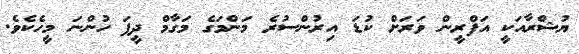
ޔުޝްރާއަކީ އަފްރީން ވަރަށް ކުޑަ އިރުންސުރެ މަންމަގެ މަގާމް ދީފަ ހުންނަ މީހެކެވެ.